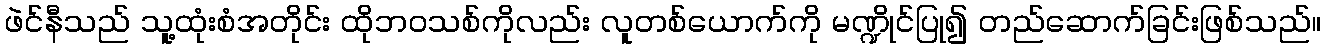
ဖဲင်နီသည် သူ့ထုံးစံအတိုင်း ထိုဘဝသစ်ကိုလည်း လူတစ်ယောက်ကို မဏ္ဍိုင်ပြု၍ တည်ဆောက်ခြင်းဖြစ်သည်။